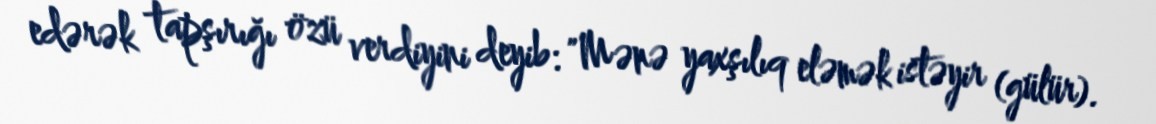
edərək tapşırığı özü verdiyini deyib: "Mənə yaxşılıq eləmək istəyir (gülür).